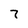
Character: 7